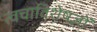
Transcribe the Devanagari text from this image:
त्वचाविशेषज्ञों